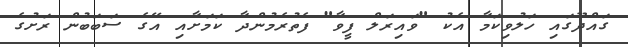
ގައްދޫގައި ހަލުވިކަމާ އެކު "ވައިރަލް ފީވާ" ފެތުރެމުންދާ ކަމަށާއި އޭގެ ސަބަބުން ރަށުގެ